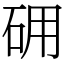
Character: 砽